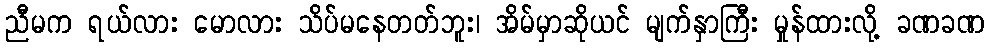
ညီမက ရယ်လား မောလား သိပ်မနေတတ်ဘူး၊ အိမ်မှာဆိုယင် မျက်နှာကြီး မှုန်ထားလို့ ခဏခဏ